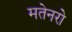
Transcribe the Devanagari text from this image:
मतेनरो